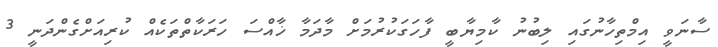
ސާނަވީ އިމްތިހާނުގައި ލިބުނު ކާމިޔާބީ ފާހަގަކުރުމަށް މާދަމާ ޚާއްސަ ހަރަކާތްތަކެއް ކުރިއަށްގެންދަނީ 3